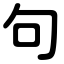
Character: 句